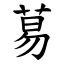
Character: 䓪